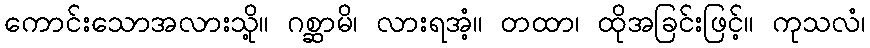
ကောင်းသောအလားသို့။ ဂစ္ဆာမိ၊ လားရအံ့။ တထာ၊ ထိုအခြင်းဖြင့်။ ကုသလံ၊